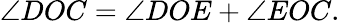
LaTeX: \angle DOC=\angle DOE+\angle EOC.